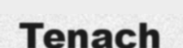
Tenach